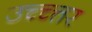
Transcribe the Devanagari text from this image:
उच्च्त्तर